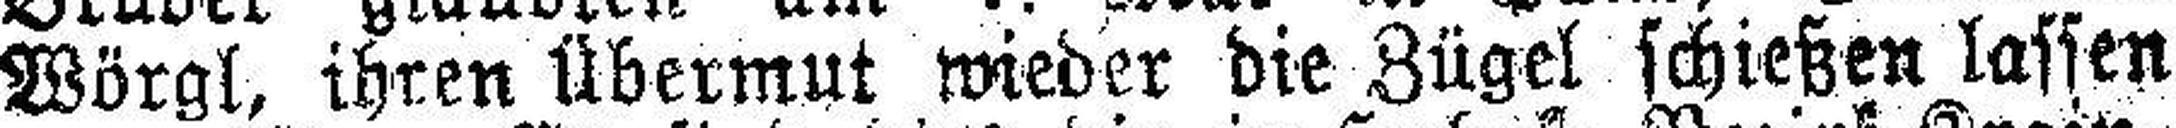
Wörgl, ihren Übermut wieder die Zügel schießen lassen